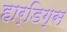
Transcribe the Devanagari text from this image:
हार्डिग्स